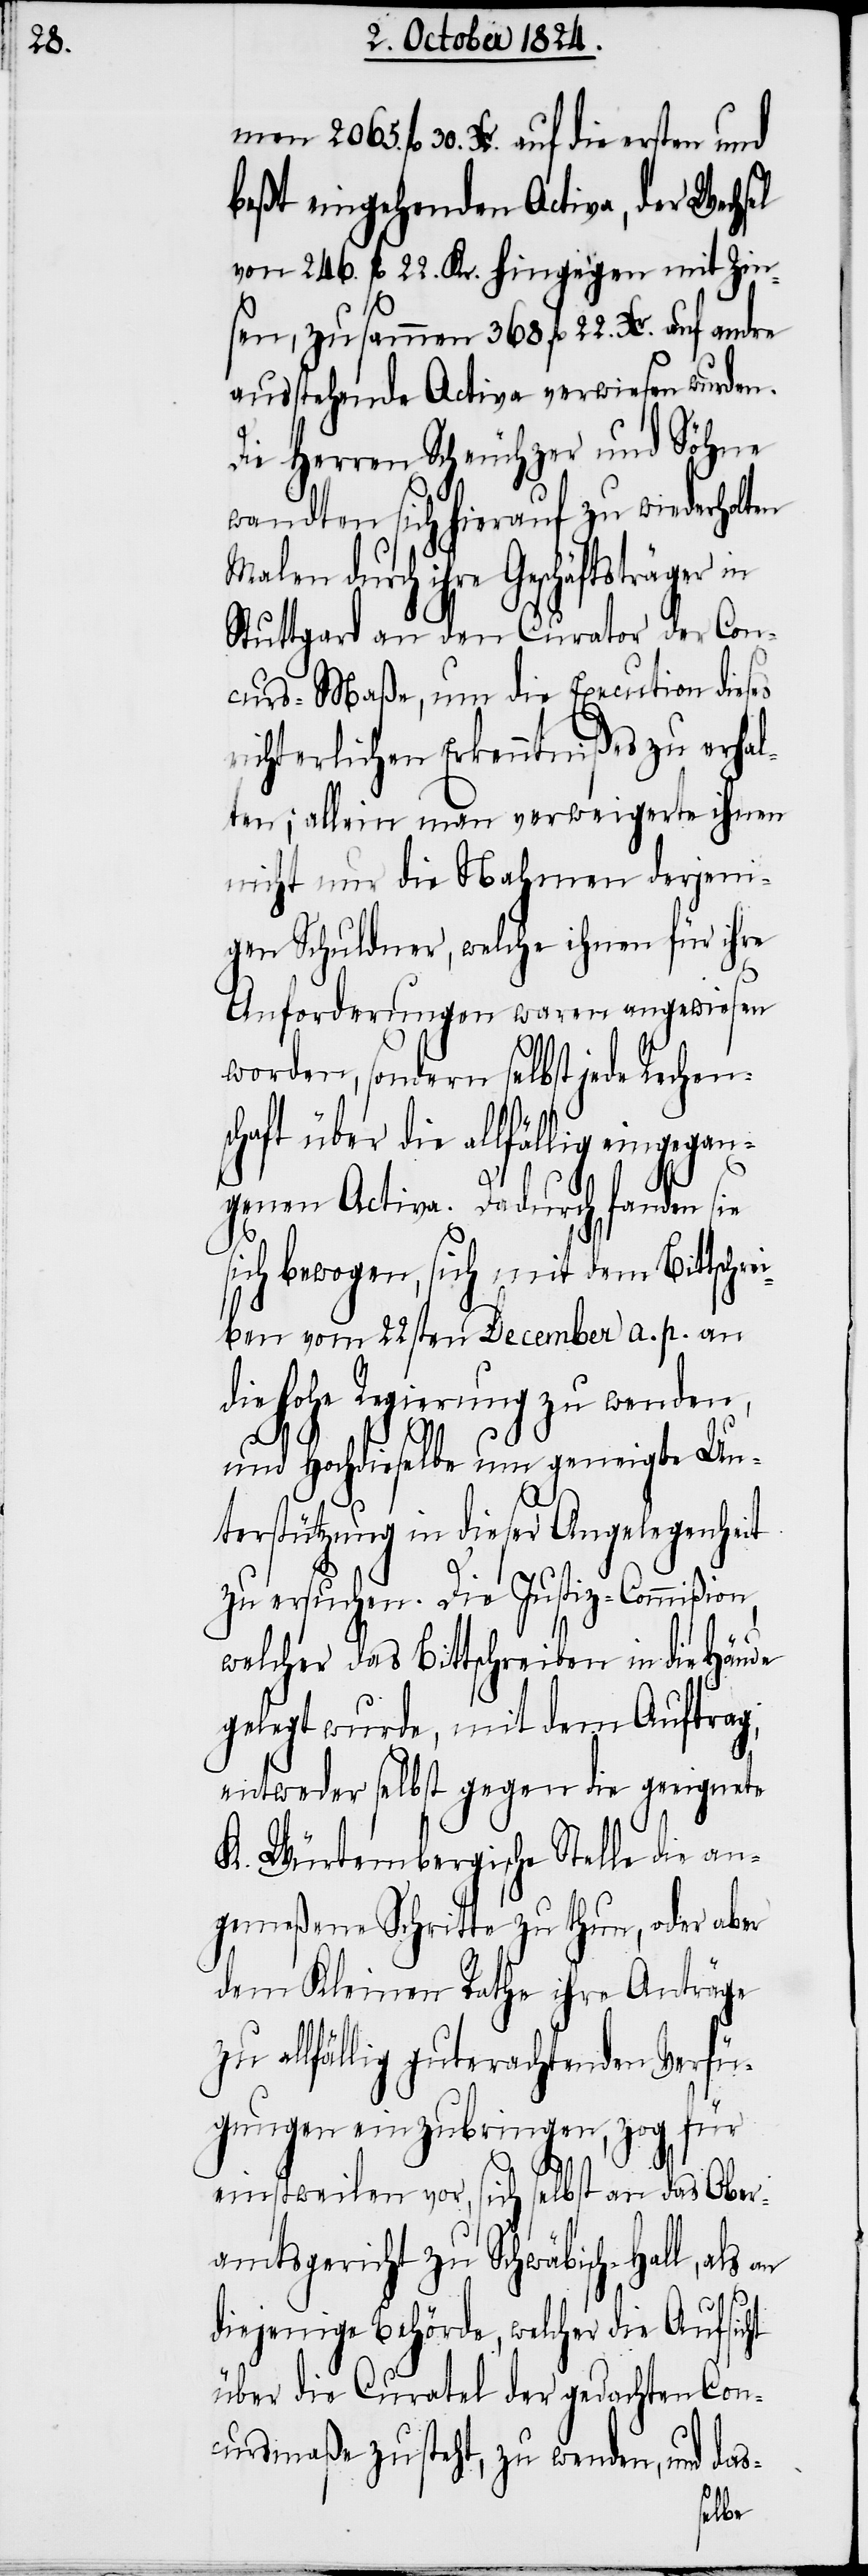
2065.

fl 30. Xr. auf die ersten und
beßt eingehenden Active, der Wechsel
von 246. fl 22. Kr. hingegen mit Zin¬
sen, zusammen 268. fl 22. Xr. auf andre
ausstehende Active verwiesen wurden.
Die Herren Scheuchzer und Söhne
wandten sich hierauf zu wiederholten
durch ihre Geschäftsträger in
Stuttgard an den Curator der Con¬
curs-Maße, um die Execution dieses
richterlichen Erkenntnißes zu erhal¬
ten; allein man verweigerte ihnen
nicht nur die Nahmen derjeni¬
gen Schuldner, welche ihnen für ihre
Anforderungen waren angewiesen
worden, sondern selbst jede Rechen¬
schaft über die allfällig eingegan¬
genen Active. Dadurch fanden sie
sich bewogen, sich mit dem Bittschre¬
iben vom 22sten December a. p. an
ie hohe Regierung zu wenden,
und Hochdieselbe um geneigte Un¬
terstützung in dieser Angelegenheit
zu ersuchen. Die Justiz-Commißion,
welcher das Bittschreiben in die Hände
gelegt wurde, mit dem Auftrag,
entweder selbst gegen die geeignete
K. Würtembergische Stelle die an¬
gemeßenen Schritte zu thun, oder aber
dem Kleinen Rathe ihre Anträge
zu allfällig guterachtenden Verfü¬
gungen einzubringen, zog für
d¬
einstweilen vor, sich selbst an das Ober¬
amtsgericht zu Schwäbisch-Hall, als
diejenige Behörde, welcher die Aufsicht
über die Curatel der gedachten Con¬
cursmaße zusteht, zu wenden, und das-